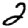
Digit: 2